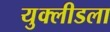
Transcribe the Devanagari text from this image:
युक्लीडला